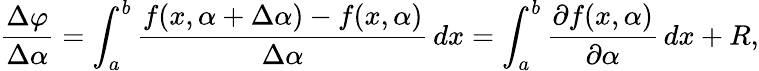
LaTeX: {\frac{\Delta\varphi}{\Delta\alpha}}=\int_{a}^{b}{\frac{f(x,\alpha+\Delta\alpha)-f(x,\alpha)}{\Delta\alpha}}\, dx=\int_{a}^{b}{\frac{\partial f(x,\alpha)}{\partial\alpha}}\, dx+R,